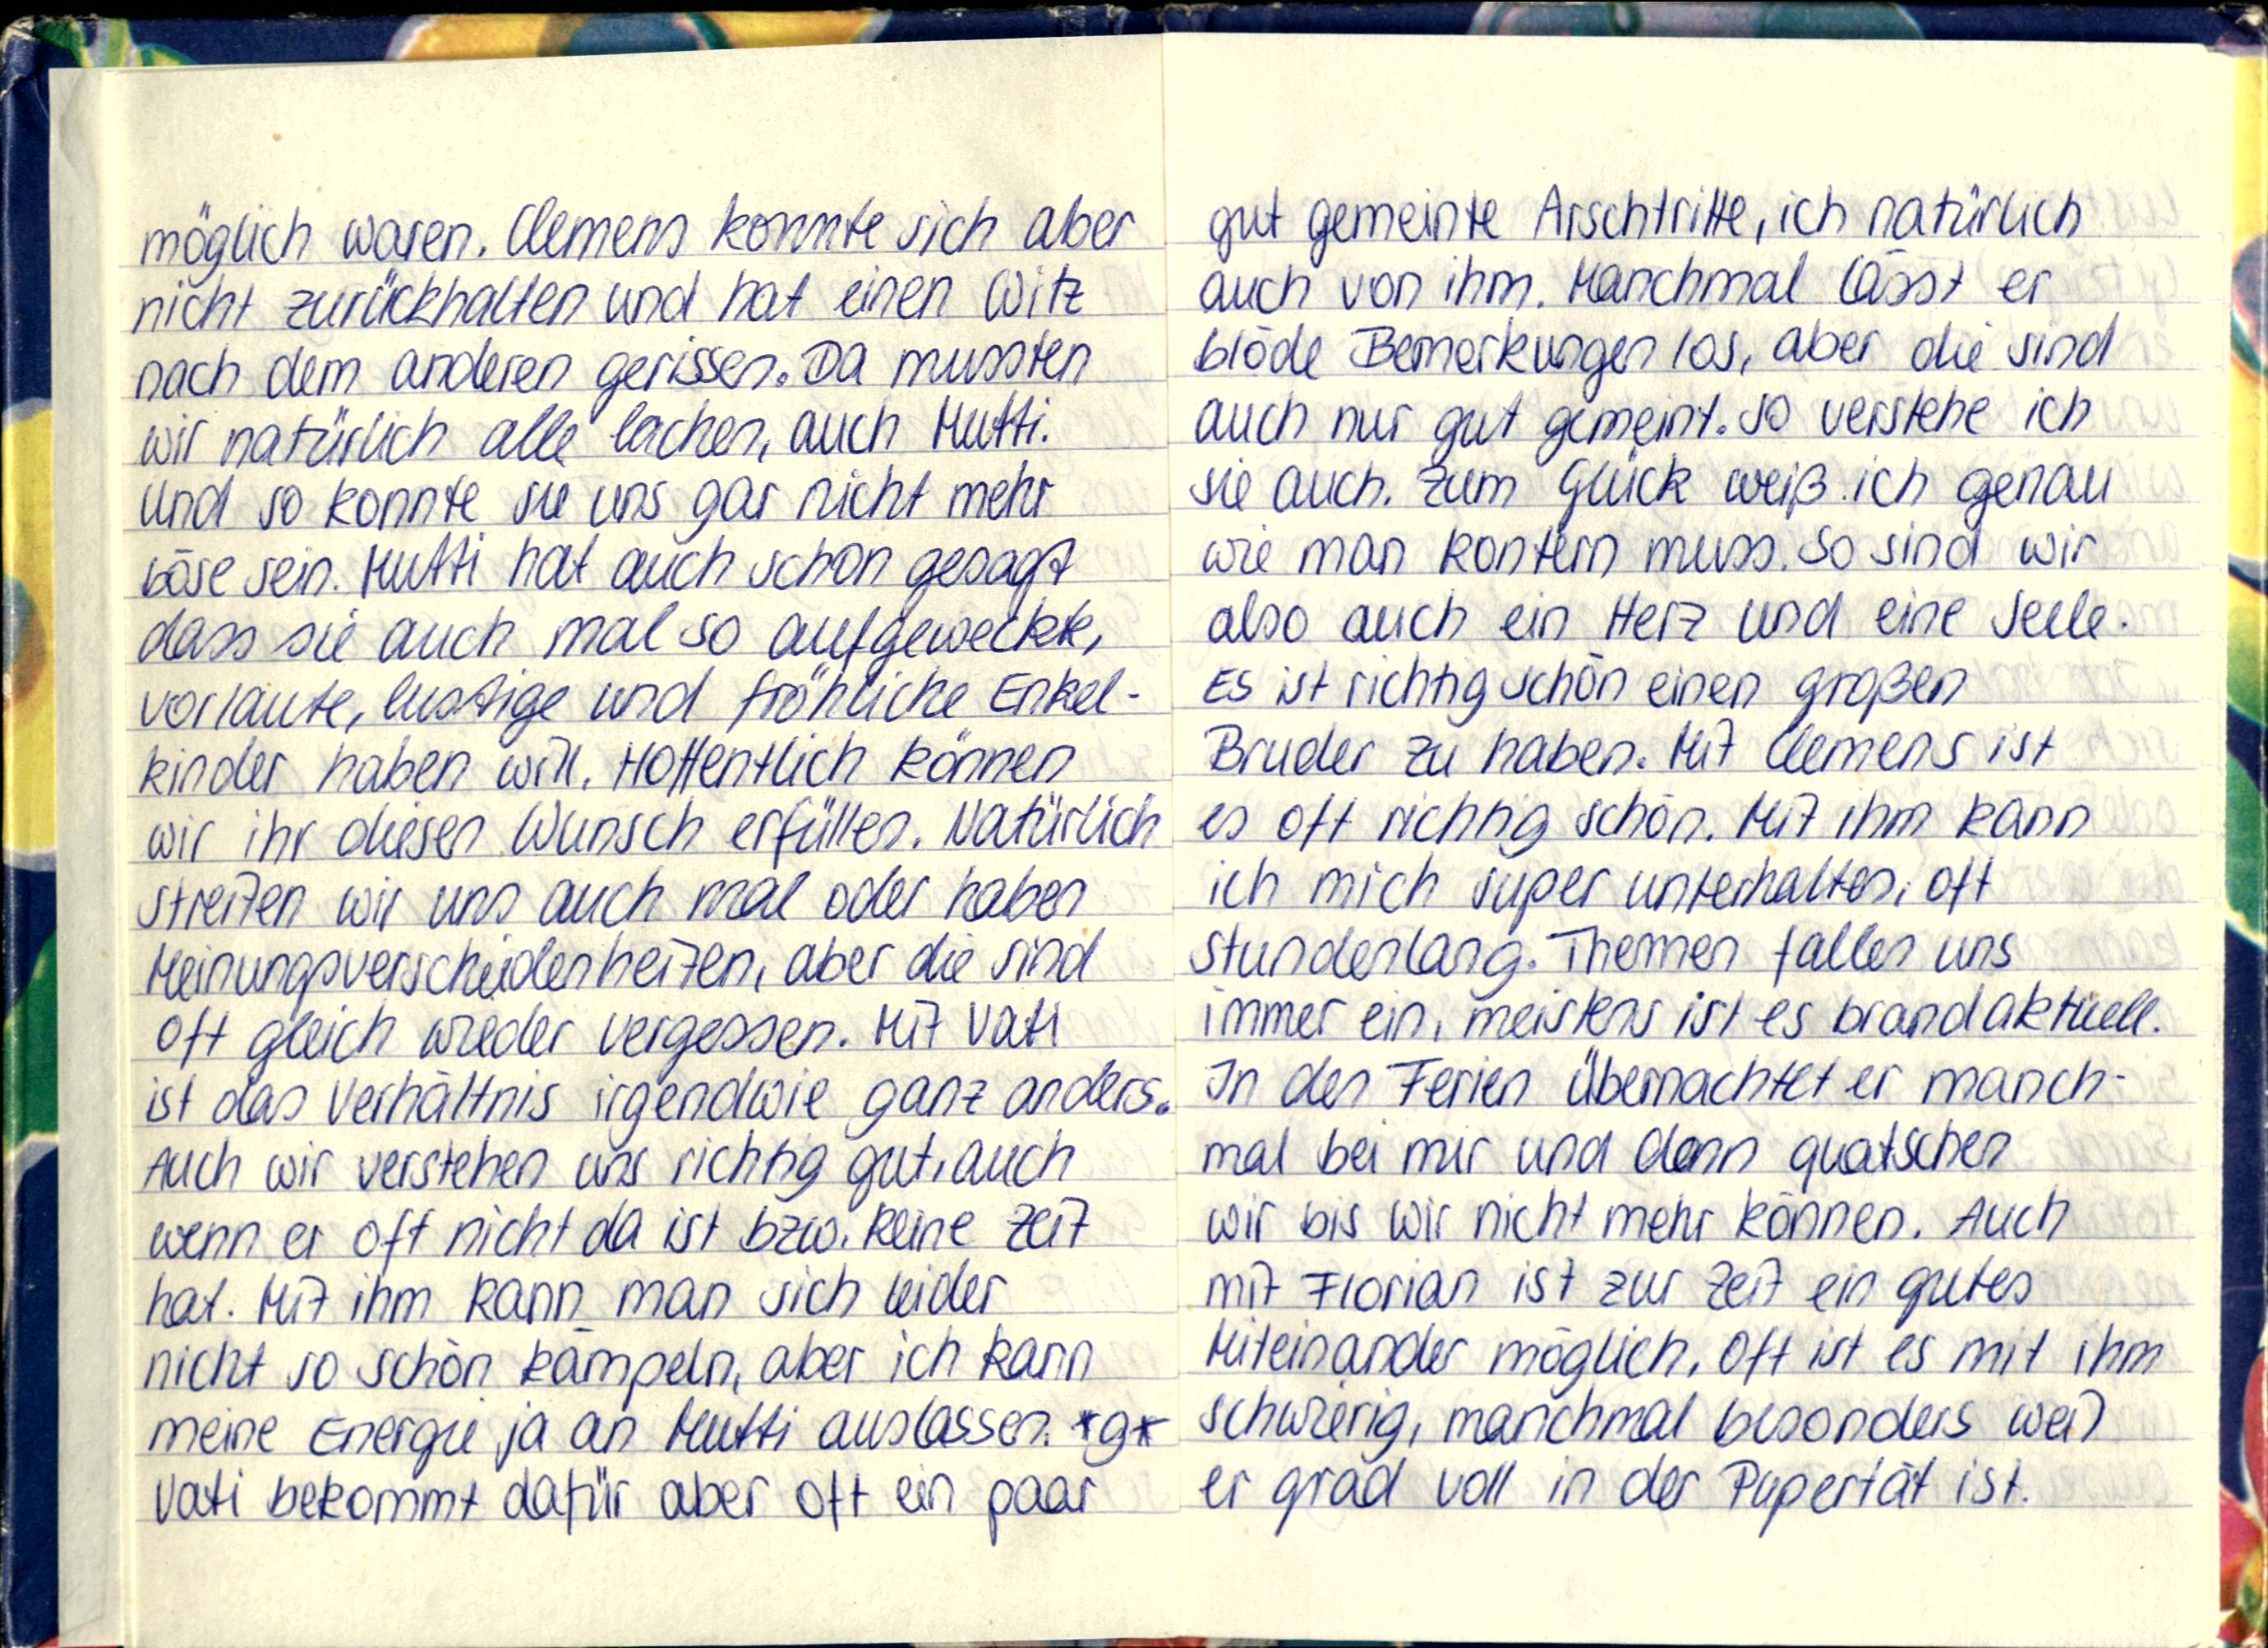
möglich waren. Clemens konnte sich aber
nicht zurückhalten und hat einen Witz
nach dem anderen gerissen. Da mussten
wir natürlich alle lachen, auch Mutti.
Und so konnte sie uns gar nicht mehr
böse sein. Mutti hat auch schon gesagt
dass sie auch mal so aufgeweckte,
vorlaute, lustige und fröhliche Enkel-
kinder haben will. Hoffentlich können
wir ihr diesen Wunsch erfüllen. Natürlich
streiten wir uns auch mal oder haben
Meinungsverschiedenheiten, aber die sind
oft gleich wieder vergessen. Mit Vati
ist das Verhältnis irgendwie ganz anders.
Auch wir verstehen uns richtig gut, auch
wenn er oft nicht da ist bzw. keine Zeit
hat. Mit ihm kann man sich leider
nicht so schön kämpeln, aber ich kann
meine Energie ja an Mutti auslassen. *g*
Vati bekommt dafür aber oft ein paar

gut gemeinte Arschtritte, ich natürlich
auch von ihm. Manchmal lässt er
blöde Bemerkungen los, aber die sind
auch nur gut gemeint. So verstehe ich
sie auch. Zum Glück weiß ich genau
wie man kontern muss. So sind wir
also auch ein Herz und eine Seele.
Es ist richtig schön einen großen
Bruder zu haben. Mit Clemens ist
es oft richtig schön. Mit ihm kann
ich mich super unterhalten, oft
Stundenlang. Themen fallen uns
immer ein, meistens ist es brandaktuell.
In den Ferien übernachtet er manch-
mal bei mir und dann quatschen
wir bis wir nicht mehr können. Auch
mit Florian ist zur Zeit ein gutes
Miteinander möglich. Oft ist es mit ihm
schwierig, manchmal besonders weil
er grad voll in der Pupertät ist.